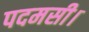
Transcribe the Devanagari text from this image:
पदमसी।